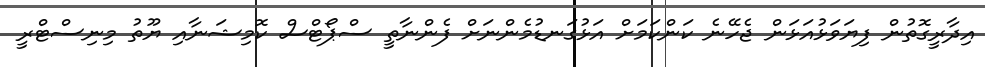
އިދާރީގޮތުން ފިޔަވަޅުއަޅަން ޖެހޭނެ ކަންކަމަށް އަޅުގަނޑުމެންނަށް ފެންނާތީ ސްޕޯޓްސް ކޮމިޝަނާއި ޔޫތު މިނިސްޓްރީ